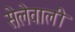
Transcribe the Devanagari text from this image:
सेलेवाली